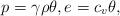
LaTeX: \begin{align*} p=\gamma\rho \theta, e=c_v\theta, \end{align*}